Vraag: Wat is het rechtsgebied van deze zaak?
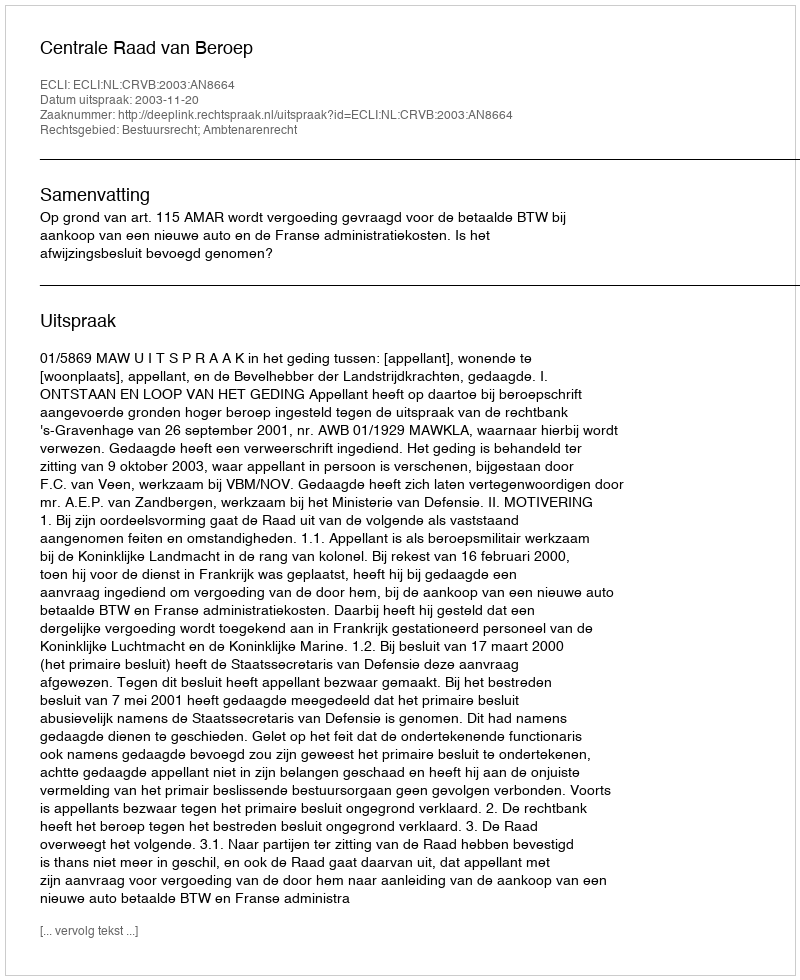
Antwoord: Bestuursrecht; Ambtenarenrecht